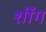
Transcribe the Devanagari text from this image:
शींग